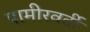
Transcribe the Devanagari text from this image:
पामीरवर्ती